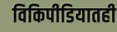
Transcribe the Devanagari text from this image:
विकिपीडियातही